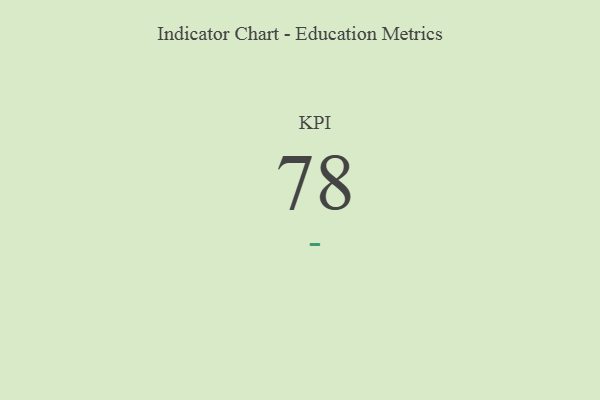
{"axis": {"x": "KPI", "y": "Value"}, "legend": [""], "data": [{"x": "KPI", "y": 78, "type": ""}]}